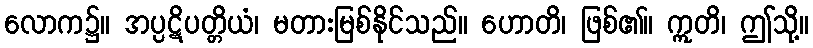
လောက၌။ အပ္ပဋိပတ္တိယံ၊ မတားမြစ်နိုင်သည်။ ဟောတိ၊ ဖြစ်၏။ ဣတိ၊ ဤသို့။